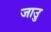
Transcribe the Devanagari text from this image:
जाउु